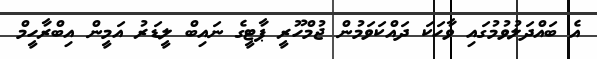
އެ ބައްދަލުވުމުގައި ވާހަކަ ދައްކަވަމުން ޖުމްހޫރީ ޕާޓީގެ ނައިބް ލީޑަރު އަމީން އިބްރާހީމް